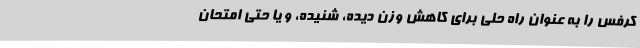
کرفس را به عنوان راه حلی برای کاهش وزن دیده، شنیده، و یا حتی امتحان